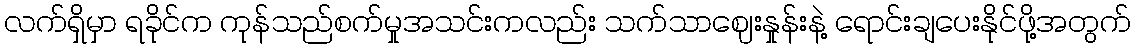
လက်ရှိမှာ ရခိုင်က ကုန်သည်စက်မှုအသင်းကလည်း သက်သာဈေးနှုန်းနဲ့ ရောင်းချပေးနိုင်ဖို့အတွက်